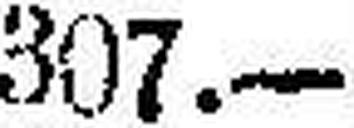
307.—